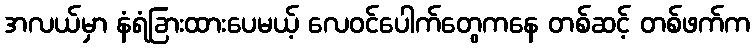
အလယ်မှာ နံရံခြားထားပေမယ့် လေဝင်ပေါက်တွေကနေ တစ်ဆင့် တစ်ဖက်က